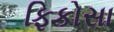
ફિકોસા